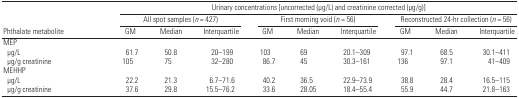
<table><thead><tr><td></td><td colspan="9"><b>Urinary concentrations [uncorrected (μg/L) and creatinine corrected (μg/g)]</b></td></tr><tr><td></td><td colspan="3"><b>All spot samples (<i>n</i> = 427)</b></td><td colspan="3"><b>First morning void (<i>n</i> = 56)</b></td><td colspan="3"><b>Reconstructed 24-hr collection (<i>n</i> = 56)</b></td></tr><tr><td><b>Phthalate metabolite</b></td><td><b>GM</b></td><td><b>Median</b></td><td><b>Interquartile</b></td><td><b>GM</b></td><td><b>Median</b></td><td><b>Interquartile</b></td><td><b>GM</b></td><td><b>Median</b></td><td><b>Interquartile</b></td></tr></thead><tbody><tr><td colspan="10">MEP</td></tr><tr><td> μg/L</td><td>61.7</td><td>50.8</td><td>20–199</td><td>103</td><td>69</td><td>20.1–309</td><td>97.1</td><td>68.5</td><td>30.1–411</td></tr><tr><td> μg/g creatinine</td><td>105</td><td>75</td><td>32–280</td><td>86.7</td><td>45</td><td>30.3–161</td><td>136</td><td>97.1</td><td>41–409</td></tr><tr><td colspan="10">MEHHP</td></tr><tr><td> μg/L</td><td>22.2</td><td>21.3</td><td>6.7–71.6</td><td>40.2</td><td>36.5</td><td>22.9–73.9</td><td>38.8</td><td>28.4</td><td>16.5–115</td></tr><tr><td> μg/g creatinine</td><td>37.6</td><td>29.8</td><td>15.5–76.2</td><td>33.6</td><td>28.05</td><td>18.4–55.4</td><td>55.9</td><td>44.7</td><td>21.8–163</td></tr></tbody></table>